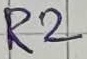
Text: R2